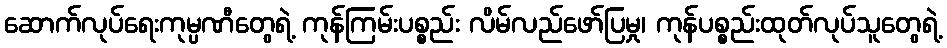
ဆောက်လုပ်ရေးကုမ္ပဏီတွေရဲ့ ကုန်ကြမ်းပစ္စည်း လိမ်လည်ဖော်ပြမှု၊ ကုန်ပစ္စည်းထုတ်လုပ်သူတွေရဲ့